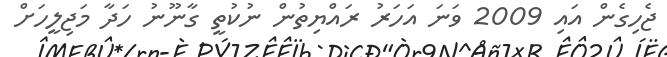
ޖެހިގެން އައި 2009 ވަނަ އަހަރު ރައްޔިތުން ނުކުތީ ގާނޫނު ހަދާ މަޖިލީހަށް